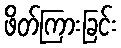
ဖိတ်ကြားခြင်း